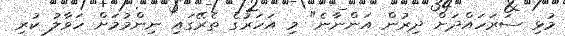
މުޅި ސަރަހައްދަށް ދިރުން އަންނާނެ" މި އަހަރުގެ ތެރޭގައި ނިންމުމަށް ހަވާލު ކުރި